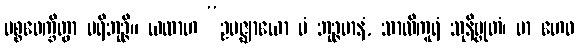
ပစ္စဝေက္ခိတွာ ပရိဘုဉ္ဇိ။ ယထာဟ “ဥပဇ္ဈာယော မံ ဘုဉ္ဇမာနံ, သာလိကူရံ သုနိဗ္ဗုတံ၊ မာ ဟေဝ